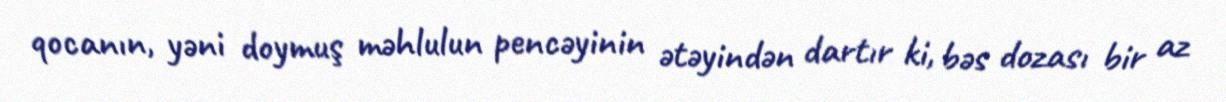
qocanın, yəni doymuş məhlulun pencəyinin ətəyindən dartır ki, bəs dozası bir az